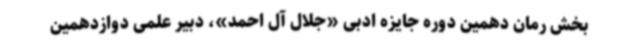
بخش رمان دهمین دوره جایزه ادبی «جلال آل احمد»، دبیر علمی دوازدهمین